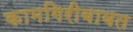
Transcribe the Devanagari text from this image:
कामगिरीबाबत